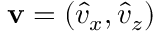
\boldsymbol { \mathbf { \hat { v } } } = ( \hat { v } _ { x } , \hat { v } _ { z } )